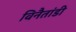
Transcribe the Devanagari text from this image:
विनैतांडी